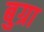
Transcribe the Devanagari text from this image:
बुग्रा